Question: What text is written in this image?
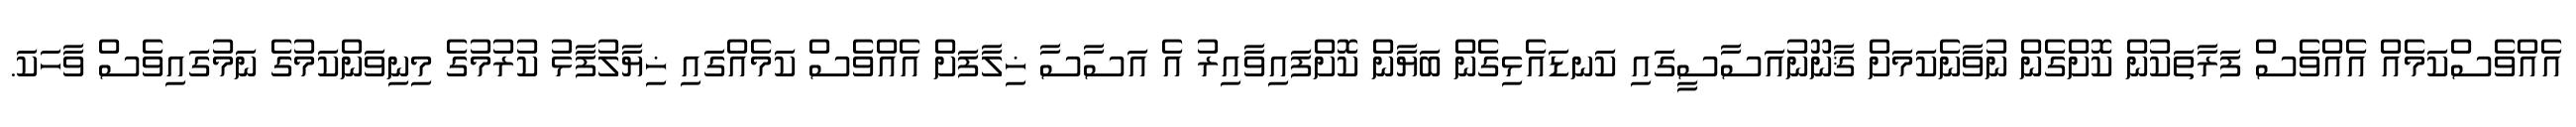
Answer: އެއްވެސްކަމެއް އެއްވެސް ފަރާތަކުން ކޮށްގެން ނުވާނެކަމަށް ޤާނޫނުއަސާސީގައި ކަނޑައެޅިގެން ބަޔާން ކޮށްފައިވާއިރު އެ އަސާސާ ޚިލާފަށް އެއްވެސް ކަމެއްގައި ޚިޔާލުފާޅު ކުރުމުގެ މިނިވަންކަމުގެ ނަމުގައިވެސް ވާހަކަ.